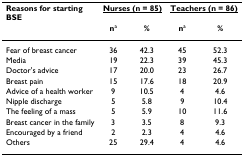
<table><thead><tr><td><b>Reasons for starting BSE</b></td><td colspan="2"><b><underline>Nurses (n = 85)</underline></b></td><td colspan="2"><b><underline>Teachers (n = 86)</underline></b></td></tr><tr><td></td><td><b>n<sup>a</sup></b></td><td><b>%</b></td><td><b>n<sup>a</sup></b></td><td><b>%</b></td></tr></thead><tbody><tr><td>Fear of breast cancer</td><td>36</td><td>42.3</td><td>45</td><td>52.3</td></tr><tr><td>Media</td><td>19</td><td>22.3</td><td>39</td><td>45.3</td></tr><tr><td>Doctor&#x27;s advice</td><td>17</td><td>20.0</td><td>23</td><td>26.7</td></tr><tr><td>Breast pain</td><td>15</td><td>17.6</td><td>18</td><td>20.9</td></tr><tr><td>Advice of a health worker</td><td>9</td><td>10.5</td><td>4</td><td>4.6</td></tr><tr><td>Nipple discharge</td><td>5</td><td>5.8</td><td>9</td><td>10.4</td></tr><tr><td>The feeling of a mass</td><td>5</td><td>5.9</td><td>10</td><td>11.6</td></tr><tr><td>Breast cancer in the family</td><td>3</td><td>3.5</td><td>8</td><td>9.3</td></tr><tr><td>Encouraged by a friend</td><td>2</td><td>2.3</td><td>4</td><td>4.6</td></tr><tr><td>Others</td><td>25</td><td>29.4</td><td>4</td><td>4.6</td></tr></tbody></table>